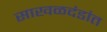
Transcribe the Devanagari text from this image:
साखळदंडांत